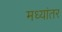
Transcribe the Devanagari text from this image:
मध्‍यांतर